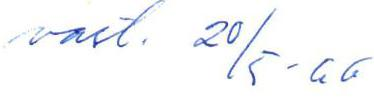
vast. 20/5 -66